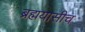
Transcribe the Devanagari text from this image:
ब्रह्मयासीच